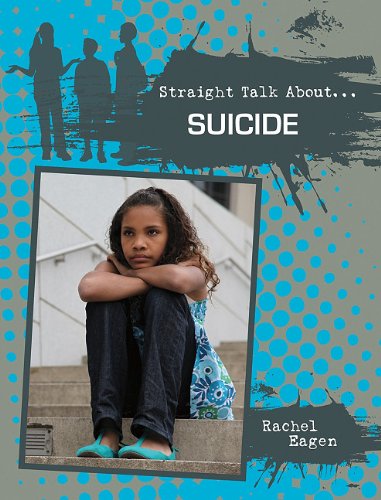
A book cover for Suicide (Straight Talk About...(Crabtree)); Rachel Eagen; Teen & Young Adult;